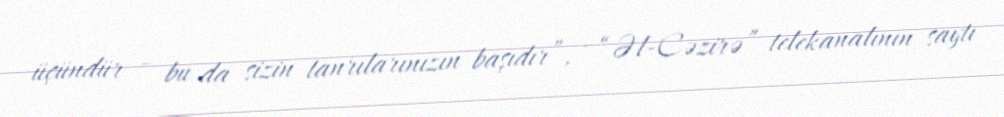
üçündür – bu da sizin tanrılarınızın başıdır”, - “Əl-Cəzirə” telekanalının saytı